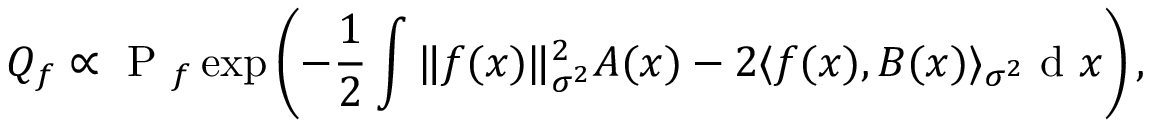
{ Q } _ { f } \propto \mathrm { ~ P ~ } _ { f } \exp \left( { - \frac { 1 } { 2 } \int \| f ( x ) \| _ { \sigma ^ { 2 } } ^ { 2 } A ( x ) - 2 \langle f ( x ) , B ( x ) \rangle _ { \sigma ^ { 2 } } } \mathrm { ~ d ~ } x \right) ,